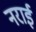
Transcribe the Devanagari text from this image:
नराई